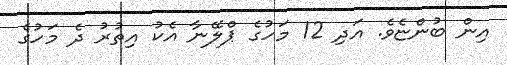
އިން ބުންޏެވެ. އަދި 12 މަހުގެ ޕްލޭނާ އެކު އިތުރު ދެ މަހުގެ